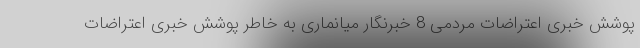
پوشش خبری اعتراضات مردمی 8 خبرنگار میانماری به خاطر پوشش خبری اعتراضات